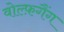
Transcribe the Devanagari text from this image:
वोल्फ़गैंग